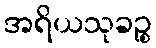
အရိယသုခဉ္စ